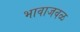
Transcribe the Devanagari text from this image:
भावाजवळ